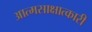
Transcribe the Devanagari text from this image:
आत्मसाक्षात्कारी